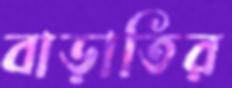
বাড়াতির